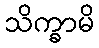
သိက္ခာမိ